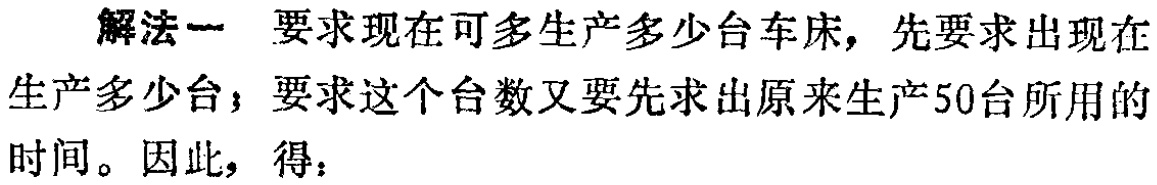
解法一 要求现在可多生产多少台车床，先要求出现在生产多少台；要求这个台数又要先求出原来生产50台所用的时间。因此，得：